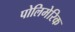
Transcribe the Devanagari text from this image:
पोलिमेरिक